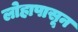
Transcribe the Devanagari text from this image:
लोहापासून